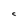
Character: C